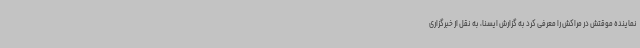
نماینده موقتش در مراکش را معرفی کرد به گزارش ایسنا، به نقل از خبرگزاری